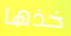
خذها